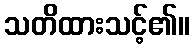
သတိထားသင့်၏။